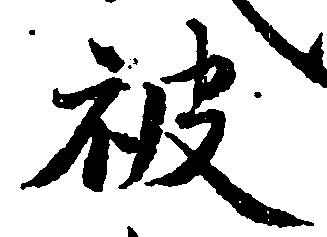
被